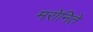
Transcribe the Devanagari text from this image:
मरोनिते